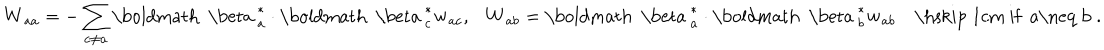
{ \bf W } _ { a a } = - \sum _ { c \neq a } { \mathrm { \boldmath ~ \ b e t a ~ } } _ { a } ^ { * } \cdot { \mathrm { \boldmath ~ \ b e t a ~ } } _ { c } ^ { * } { \bf w } _ { a c } , \, \, \, \, { \bf W } _ { a b } = { \mathrm { \boldmath ~ \ b e t a ~ } } _ { a } ^ { * } \cdot { \mathrm { \boldmath ~ \ b e t a ~ } } _ { b } ^ { * } { \bf w } _ { a b } \quad \mathrm { \hspace { ~ 1 c m } ~ i f ~ a \neq ~ b ~ } .